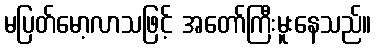
မပြတ်မော့လာသဖြင့် အတော်ကြီးမူးနေသည်။